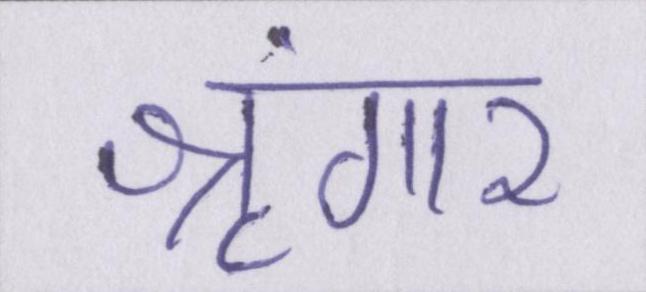
श्रृंगार